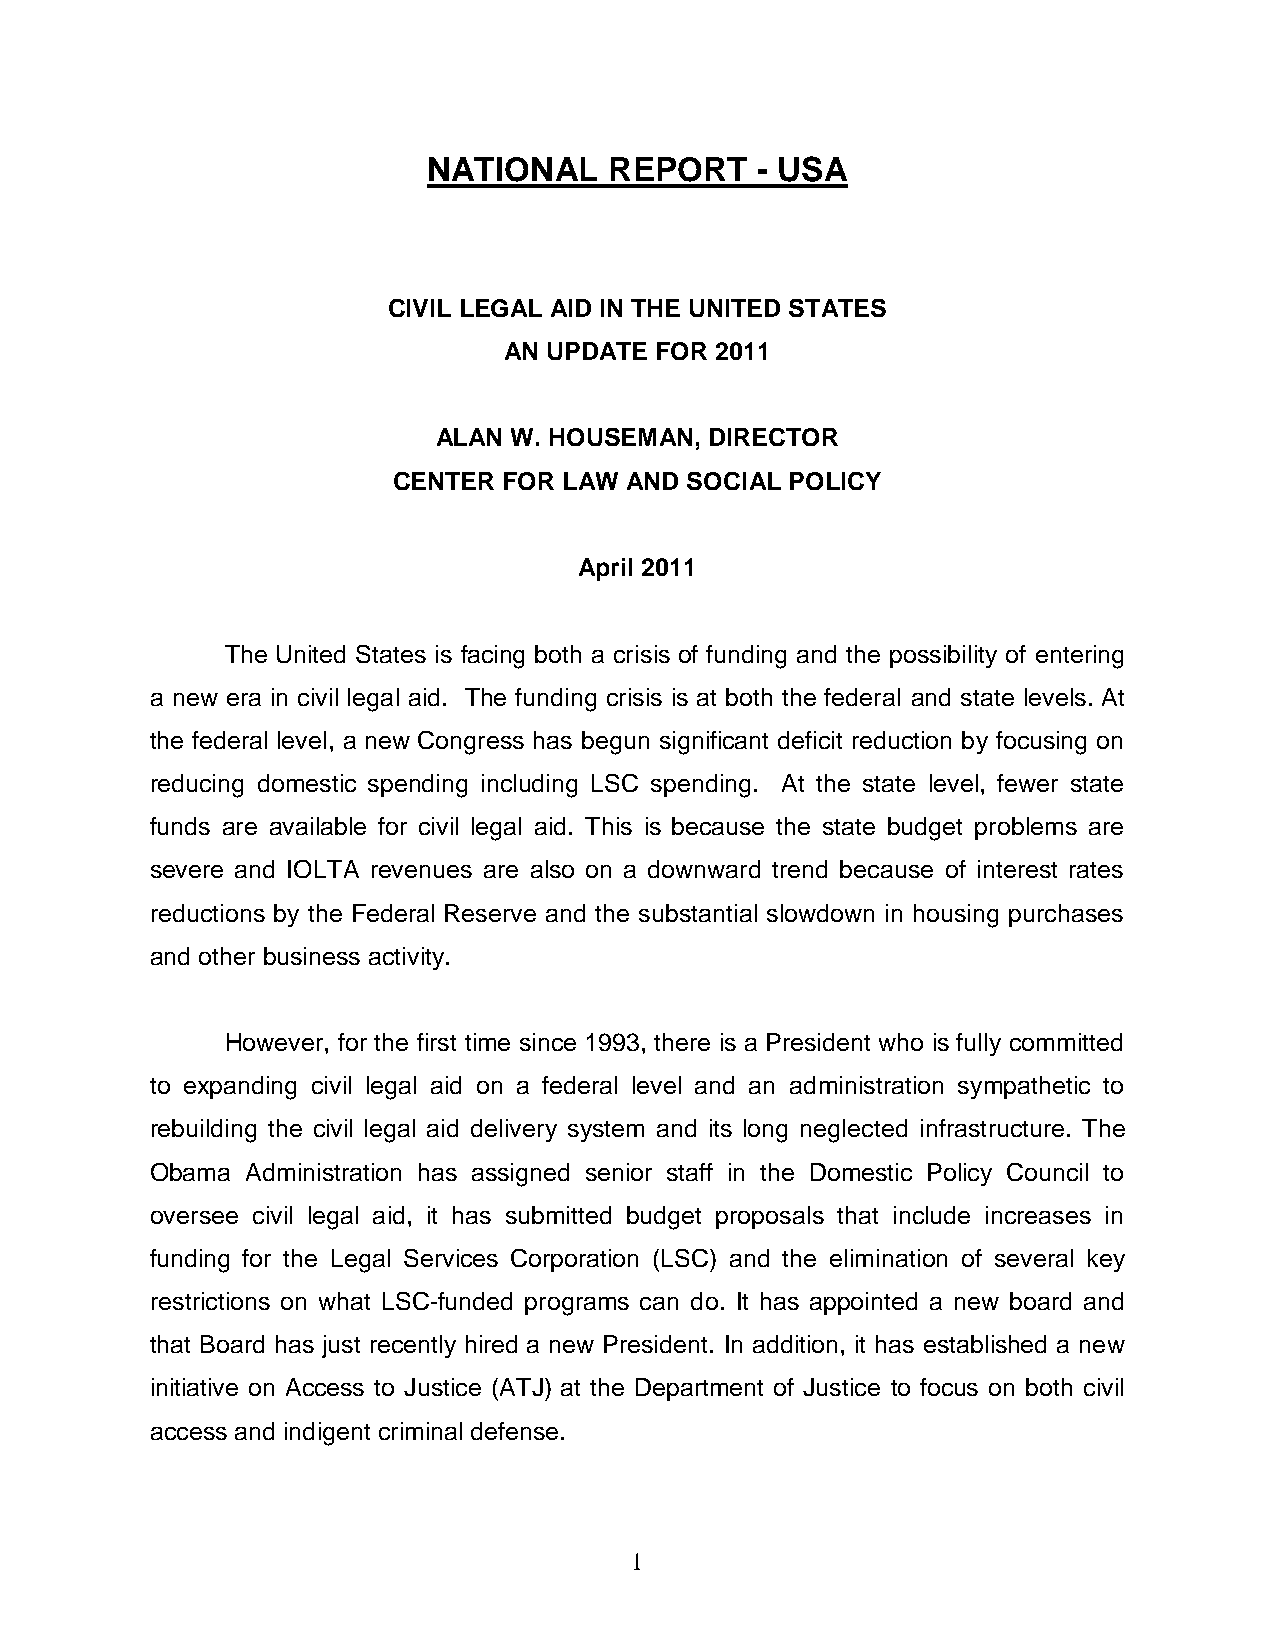
NATIONAL    REPORT    - USA
 CIVIL LEGAL AID IN THE UNITED STATES
 AN UPDATE FOR 2011
 ALAN W. HOUSEMAN, DIRECTOR
 CENTER FOR LAW AND SOCIAL POLICY
 April 2011
 The United States is facing both a crisis of funding and the possibility of entering
 a new era in civil legal aid. The funding crisis is at both the federal and state levels. At
 the federal level, a new Congress has begun significant deficit reduction by focusing on
 reducing domestic spending including LSC spending. At the state level, fewer state
 funds are available for civil legal aid. This is because the state budget problems are
 severe and IOLTA revenues are also on a downward trend because of interest rates
 reductions by the Federal Reserve and the substantial slowdown in housing purchases
 and other business activity.
 However, for the first time since 1993, there is a President who is fully committed
 to expanding civil legal aid on a federal level and an administration sympathetic to
 rebuilding the civil legal aid delivery system and its long neglected infrastructure. The
 Obama Administration has assigned senior staff in the Domestic Policy Council to
 oversee civil legal aid, it has submitted budget proposals that include increases in
 funding for the Legal Services Corporation (LSC) and the elimination of several key
 restrictions on what LSC-funded programs can do. It has appointed a new board and
 that Board has just recently hired a new President. In addition, it has established a new
 initiative on Access to Justice (ATJ) at the Department of Justice to focus on both civil
 access and indigent criminal defense.
 1